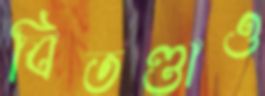
বিতণ্ডাও